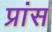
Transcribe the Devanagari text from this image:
प्रांस